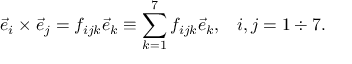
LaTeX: \vec { e } _ { i } \times \vec { e } _ { j } = f _ { i j k } \vec { e } _ { k } \equiv \sum _ { k = 1 } ^ { 7 } f _ { i j k } \vec { e } _ { k } , \; \; \; i , j = 1 \div 7 .